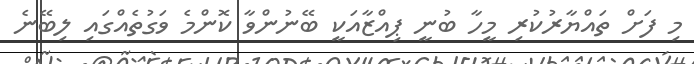
މި ފަށް ތައްޔާރުކުރި މީހާ ބުނީ ޕިއްޒާއަކީ ބޭނުންވާ ކޮންމެ ވަގުތެއްގައި ލިބޭނެ